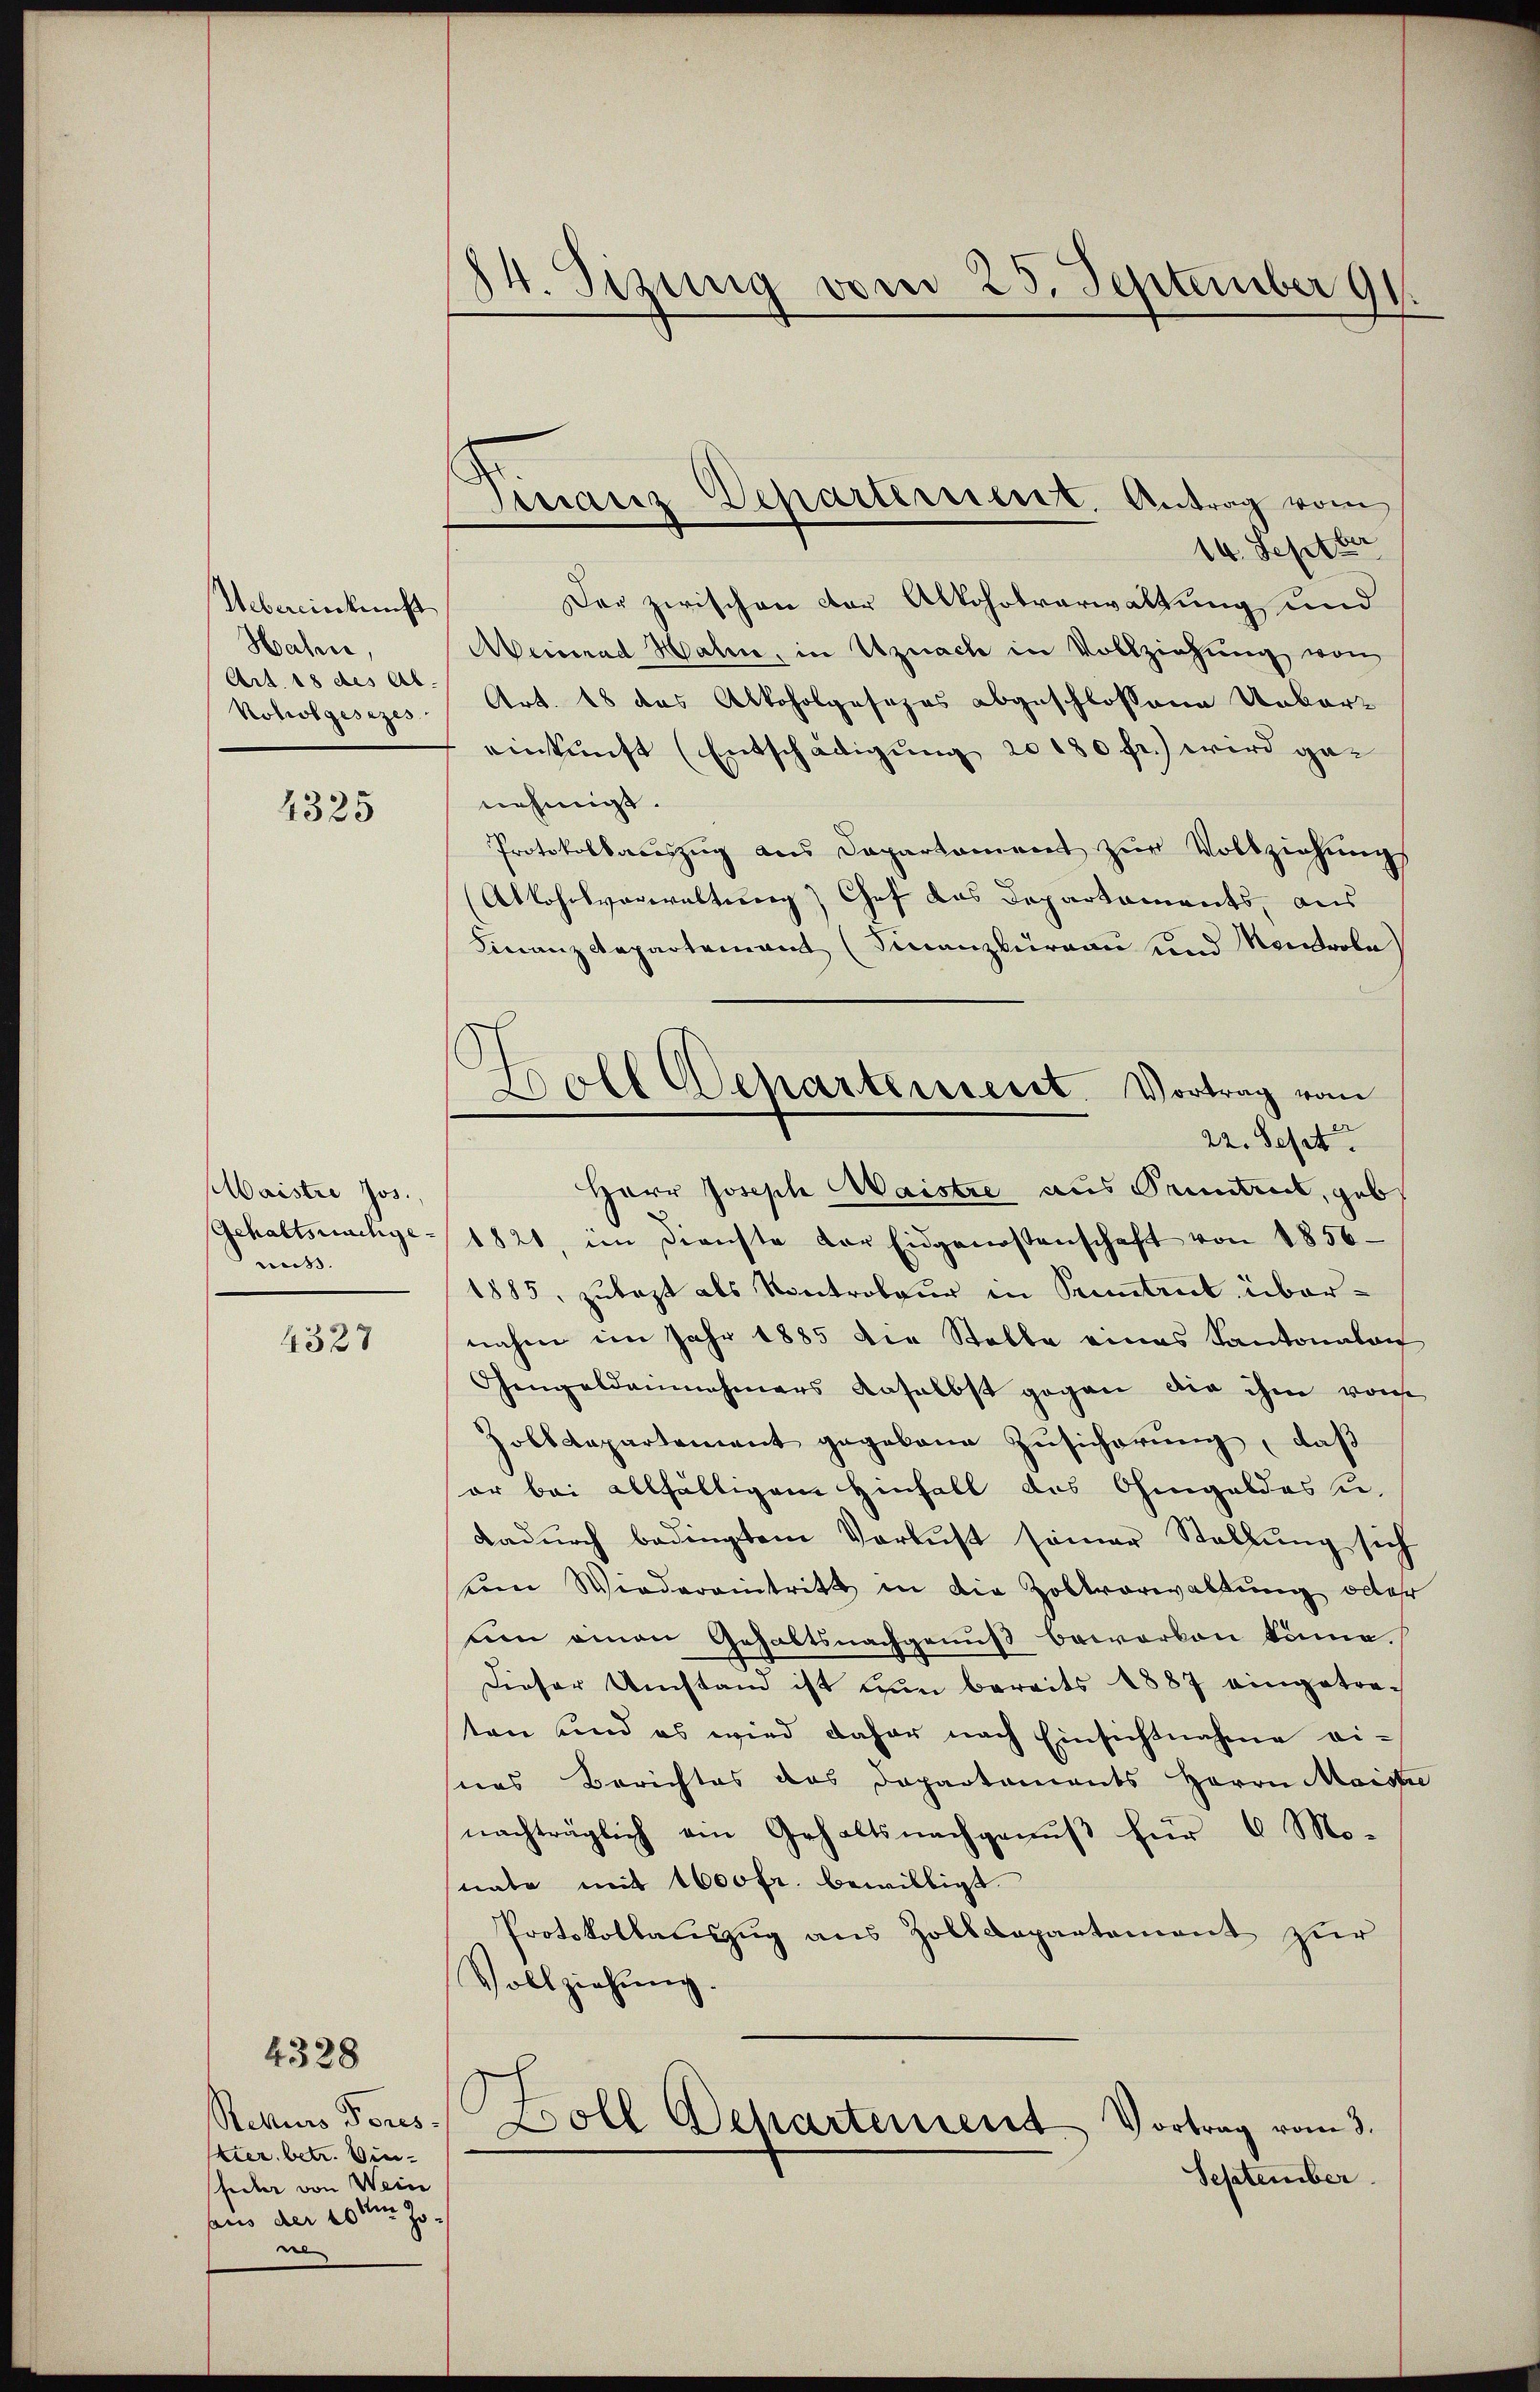
Uebereinkunft
Hahn,
Art. 18 des Ab.
koholgesezes

4325

Maistre Jos.,
Gehaltsnachgemiß.

4327

Retturs Pores
kier, betr. Vinfeder von Wein
aus der 10ten Jone

4328

84. Sizung vom 25. September 91.

14. Septber
Der zwischen der Alkoholverwaltung und
Meinrad Hali, in Uznach in Vollziehung von
Art. 18 das Alkoholgesezes abgeschlossene Ueber-
einkunft (Entschädigung 20180 fr.) wird genehmigt.
Protokollaŭszŭg ans Departament zŭr Vollziehŭng
Ablohnsverwaltung) Chef das Departaments, aus
Finanzdepartement (Finanzbüreau und Montrola
Herr Joseph Waistre aus Pruntrut, geb
1821, im Dienste der Eidgenossenschaft von 1856
1885, zulast als Kontroleur in Pruntrut übernahme im Jahr 1885 die Stelle eines Kantonalan
Gengeldannehmers daselbst gegen die ihm vom
polldepartement gegebene Zusicherung, daß
or bei allfältigem Hinfall des Ohmgeldes u.
Dadurch bedingtem Verlust seiner Stellung sich
ŭm Wiederaintritt in die Zollvorwaltŭng oder
tien amen Gehaltsnachgenuß beworben könne.
Dieser Umstand ist nun bereits 1887 eingetreten und es wird daher nach Einsichtnahme eieas Berichtes das Departaments Herrn Maiste
nachträglich ein Gehaltsnachgenuß für 6 Mo-
nate mit 1600 fr. bewilligt.
Protokollauszug aus Zolldepartement zur
Vollziehung.
Doll Departement Vortrag vom 3.
September.

Finanz Departerient. Antrag vom

.
Doll Departenseret. Vortrag vom
22. Sept.